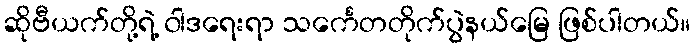
ဆိုဗီယက်တို့ရဲ့ ၀ါဒရေးရာ သင်္ကေတတိုက်ပွဲနယ်မြေ ဖြစ်ပါတယ်။